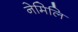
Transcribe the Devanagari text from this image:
नेमिलि